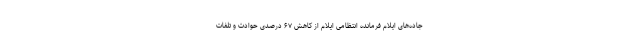
جاده‌های ایلام فرمانده انتظامی ایلام از کاهش ۶۷ درصدی حوادث و تلفات